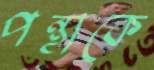
পন্থাকে